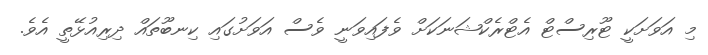
މި އަވަށަކީ ޓޫރިސްޓް އެޓްރެކްޝަނަކަށް ވެފައިވަނީ ވެސް އަވަށުގައި ކިނބޫތައް ދިރިއުޅޭތީ އެވެ.